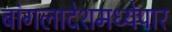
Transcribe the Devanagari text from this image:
बांगलादेशमध्येपार